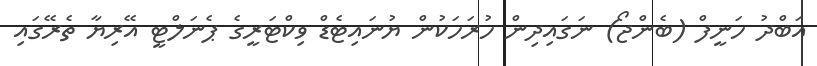
އަބްދު ހަނީފް (ބެންޖޯ) ނަގައިދިން ހުރަހަކުން ޔުނައިޓެޑް ވިކްޓަރީގެ ޕެނަލްޓީ އޭރިޔާ ތެރޭގައި